Insane asylums in Bengal annual reports 1876-1887 - 1876-1887
Year: 1876
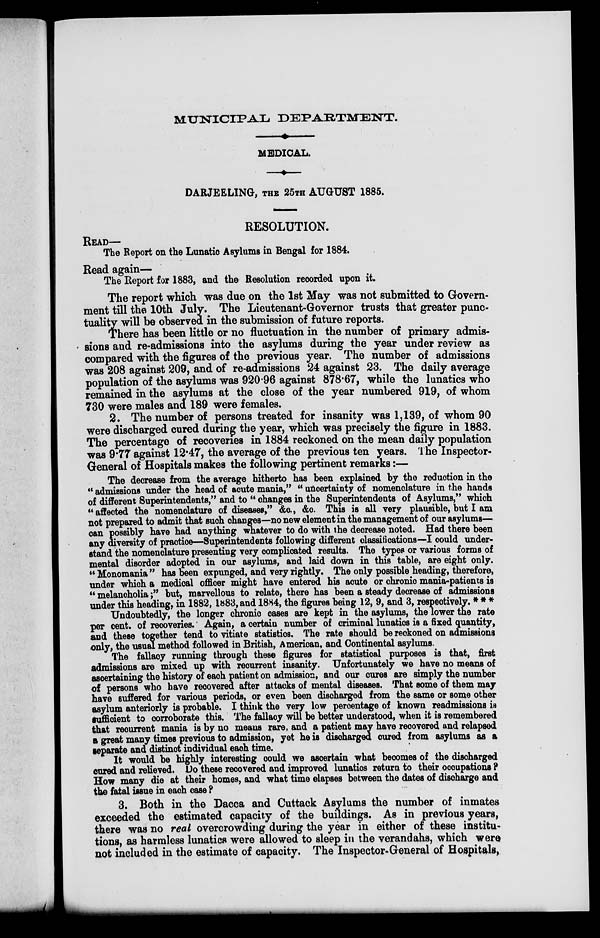
MUNICIPAL DEPARTMENT.
MEDICAL.
DARJEELING, THE 25TH AUGUST 1885.
RESOLUTION.
READ—
The Report on the Lunatic Asylums in Bengal for 1884.
Read again—
The Report for 1883, and the Resolution recorded upon it.
The report which was due on the 1st May was not submitted to Govern-
ment till the 10th July. The Lieutenant-Governor trusts that greater punc-
tuality will be observed in the submission of future reports.
There has been little or no fluctuation in the number of primary admis-
sions and re-admissions into the asylums during the year under review as
compared with the figures of the previous year. The number of admissions
was 208 against 209, and of re-admissions 24 against 23. The daily average
population of the asylums was 920.96 against 878.67, while the lunatics who
remained in the asylums at the close of the year numbered 919, of whom
730 were males and 189 were females.
2. The number of persons treated for insanity was 1,139, of whom 90
were discharged cured during the year, which was precisely the figure in 1883.
The percentage of recoveries in 1884 reckoned on the mean daily population
was 9.77 against 12.47, the average of the previous ten years. The Inspector-
General of Hospitals makes the following pertinent remarks:—
The decrease from the average hitherto has been explained by the reduction in the
" admissions under the head of acute mania," " uncertainty of nomenclature in the hands
of different Superintendents," and to " changes in the Superintendents of Asylums," which
"affected the nomenclature of diseases," &c., &c. This is all very plausible, but I am
not prepared to admit that such changes—no new element in the management of our asylums—
can possibly have had anything whatever to do with the decrease noted. Had there been
any diversity of practice—Superintendents following different classifications—I could under-
stand the nomenclature presenting very complicated results. The types or various forms of
mental disorder adopted in our asylums, and laid down in this table, are eight only.
" Monomania" has been expunged, and very rightly. The only possible heading, therefore,
under which a medical officer might have entered his acute or chronic mania-patients is
" melancholia;" but, marvellous to relate, there has been a steady decrease of admissions
under this heading, in 1882, 1883, and 1884, the figures being 12, 9, and 3, respectively. * * *
Undoubtedly, the longer chronic cases are kept in the asylums, the lower the rate
per cent. of recoveries. Again, a certain number of criminal lunatics is a fixed quantity,
and these together tend to vitiate statistics. The rate should be reckoned on admissions
only, the usual method followed in British, American, and Continental asylums.
The fallacy running through these figures for statistical purposes is that, first
admissions are mixed up with recurrent insanity. Unfortunately we have no means of
ascertaining the history of each patient on admission, and our cures are simply the number
of persons who have recovered after attacks of mental diseases. That some of them may
have suffered for various periods, or even been discharged from the same or some other
asylum anteriorly is probable. I think the very low percentage of known readmissions is
sufficient to corroborate this. The fallacy will be better understood, when it is remembered
that recurrent mania is by no means rare, and a patient may have recovered and relapsed
a great many times previous to admission, yet he is discharged cured from asylums as a
separate and distinct individual each time.
It would be highly interesting could we ascertain what becomes of the discharged
cured and relieved. Do these recovered and improved lunatics return to their occupations ?
How many die at their homes, and what time elapses between the dates of discharge and
the fatal issue in each case ?
3. Both in the Dacca and Cuttack Asylums the number of inmates
exceeded the estimated capacity of the buildings. As in previous years,
there was no real overcrowding during the year in either of these institu-
tions, as harmless lunatics were allowed to sleep in the verandahs, which were
not included in the estimate of capacity. The Inspector-General of Hospitals,